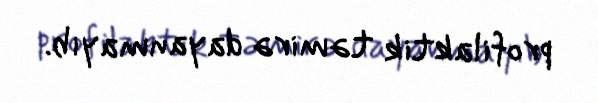
profilaktik təmirə dayanmayıb.